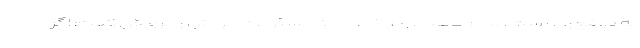
به موقع و درست انجام دهند. وی خطاب به مسئولان آموزش و پرورش گفت: اگر